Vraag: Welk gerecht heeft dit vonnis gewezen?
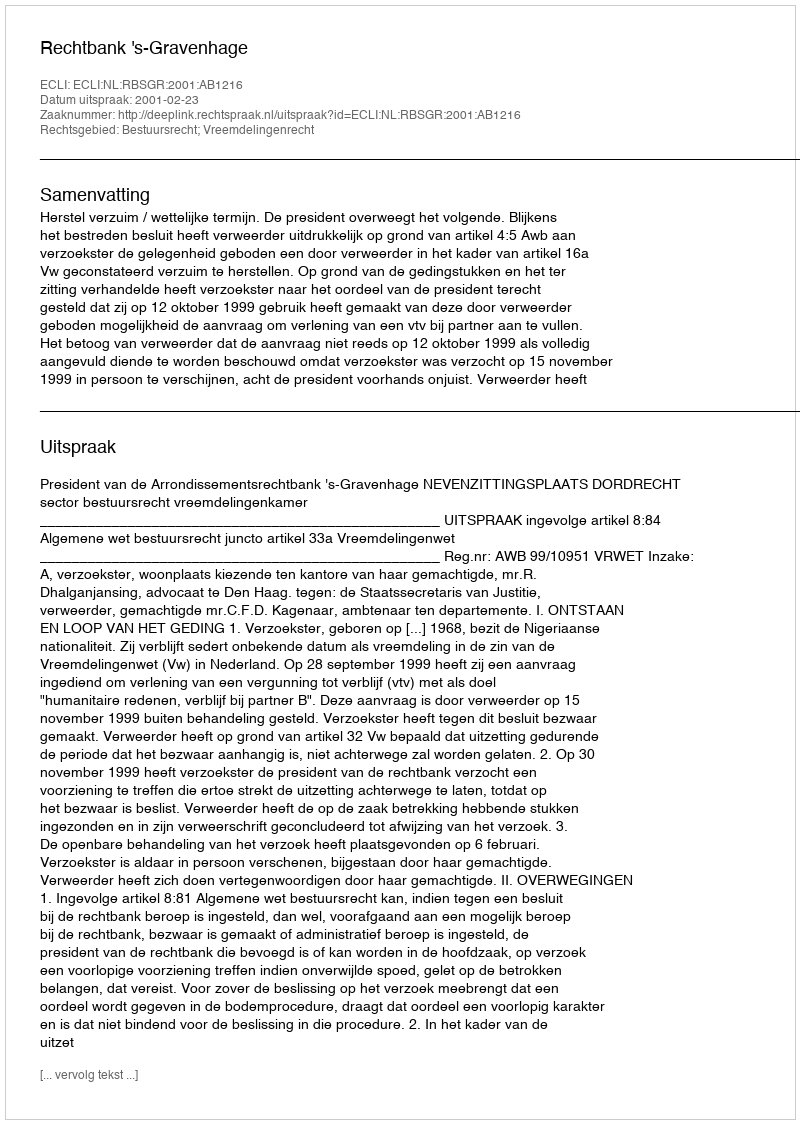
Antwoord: Rechtbank 's-Gravenhage